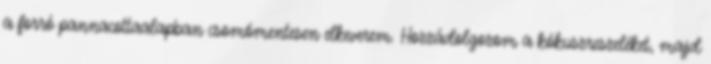
a forró pannacottaalapban csomómentesen elkeverem. Hozzádolgozom a kókuszreszeléket, majd